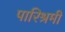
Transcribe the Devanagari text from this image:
पारिश्रमी